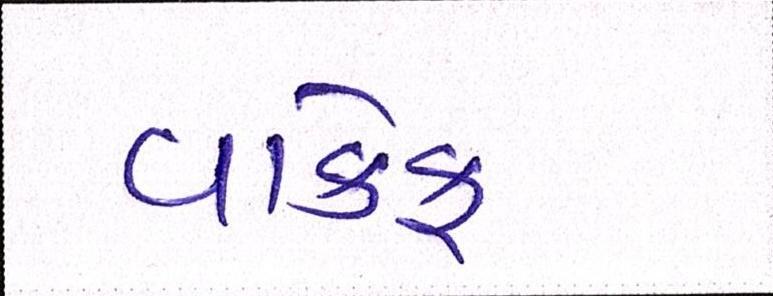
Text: વાકેફ